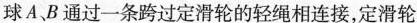
球A、B通过一条跨过定滑轮的轻绳相连接，定滑轮